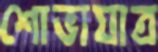
শোভাযাত্র